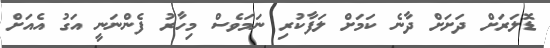
ޑޮލަރަށް ދަށަށް ދާނެ ކަމަށް ލަފާކުރި ނަމަވެސް މިހާރު ފެންނަނީ އަގު އެއަށް